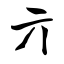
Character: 亓